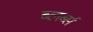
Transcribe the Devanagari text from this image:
ब्लर्ब्स